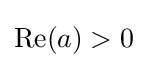
\operatorname {Re} (a)>0